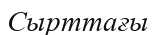
Сырттағы